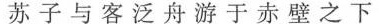
苏 子 与 客 泛 舟 游 于 赤 壁 之 下